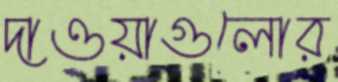
দাওয়াগুলোর